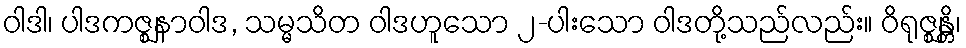
ဝါဒါ၊ ပါဒကဇ္ဈနာဝါဒ, သမ္မသိတ ဝါဒဟူသော ၂-ပါးသော ဝါဒတို့သည်လည်း။ ဝိရုဇ္ဈန္တိ၊